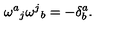
{ \omega ^ { a } } _ { j } { \omega ^ { j } } _ { b } = - \delta _ { b } ^ { a } .